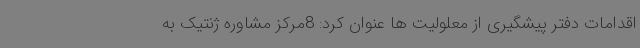
اقدامات دفتر پیشگیری از معلولیت ها عنوان کرد: 8مرکز مشاوره ژنتیک به